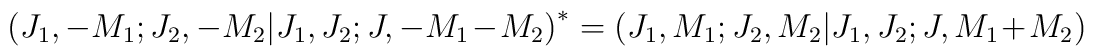
\bigl(J_1,-M_1;J_2,-M_2\vert J_1,J_2;J,-M_1-M_2\bigr)^*=\bigl(J_1,M_1;J_2,M_2\vert J_1,J_2;J,M_1+M_2\bigr)